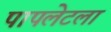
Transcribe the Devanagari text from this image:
पापलेटला